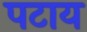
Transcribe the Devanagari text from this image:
पटाय